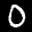
Label: 0